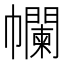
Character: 幱